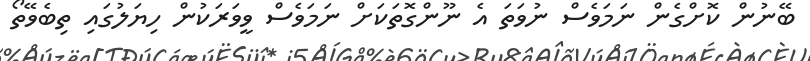
ބޭނުން ކޮށްގެން ނަމަވެސް ނުވަތަ އެ ނޫންގޮތަކަށް ނަމަވެސް ވީވަރަކުން ހިޔަލުގައި ތިބެވޭތޯ